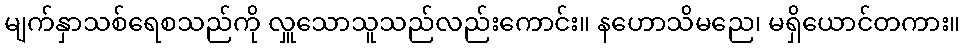
မျက်နှာသစ်ရေစသည်ကို လှူသောသူသည်လည်းကောင်း။ နဟောသိမညေ၊ မရှိယောင်တကား။